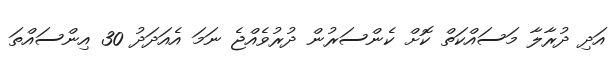
އަދި ދުރާލާ މަސައްކަތް ކޮށް ކެންސަރުން ދުރުވެއްޖެ ނަމަ އެއަދަދު 30 އިންސައްތަ